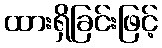
ထားရှိခြင်းဖြင့်